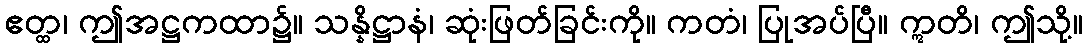
ဧတ္ထ၊ ဤအဋ္ဌကထာ၌။ သန္နိဋ္ဌာနံ၊ ဆုံးဖြတ်ခြင်းကို။ ကတံ၊ ပြုအပ်ပြီ။ ဣတိ၊ ဤသို့။